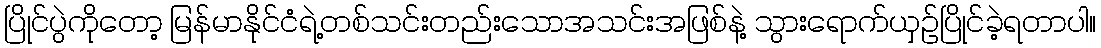
ပြိုင်ပွဲကိုတော့ မြန်မာနိုင်ငံရဲ့တစ်သင်းတည်းသောအသင်းအဖြစ်နဲ့ သွားရောက်ယှဉ်ပြိုင်ခဲ့ရတာပါ။